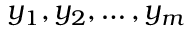
y _ { 1 } , y _ { 2 } , \dots , y _ { m }